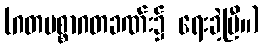
(ဂတပစ္စာဂတခဏ်း၌ ရေးခဲ့ပြီ။)